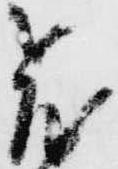
飛